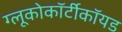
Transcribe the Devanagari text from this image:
ग्लूकोकॉर्टीकॉयड